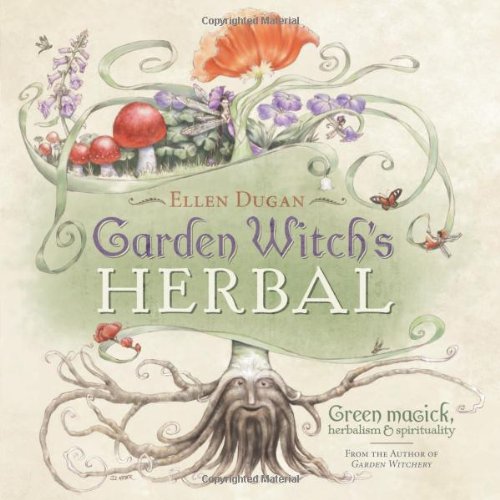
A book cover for Garden Witch's Herbal: Green Magick, Herbalism & Spirituality; Ellen Dugan; Crafts, Hobbies & Home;